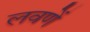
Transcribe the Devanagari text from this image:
लवणें